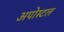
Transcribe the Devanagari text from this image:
अपोस्टल